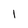
Character: 1